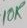
Text: 10K